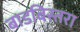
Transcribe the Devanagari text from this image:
बाडबिस्तरा